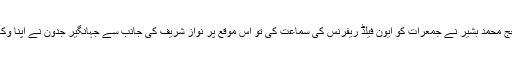
احتساب عدالت کے جج محمد بشیر نے جمعرات کو ایون فیلڈ ریفرنس کی سماعت کی تو اْس موقع پر نواز شریف کی جانب سے جہانگیر جدون نے اپنا وکالت نامہ داخل کرادیا۔